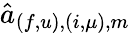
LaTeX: \hat{a}_{(f,u),(i,\mu),m}